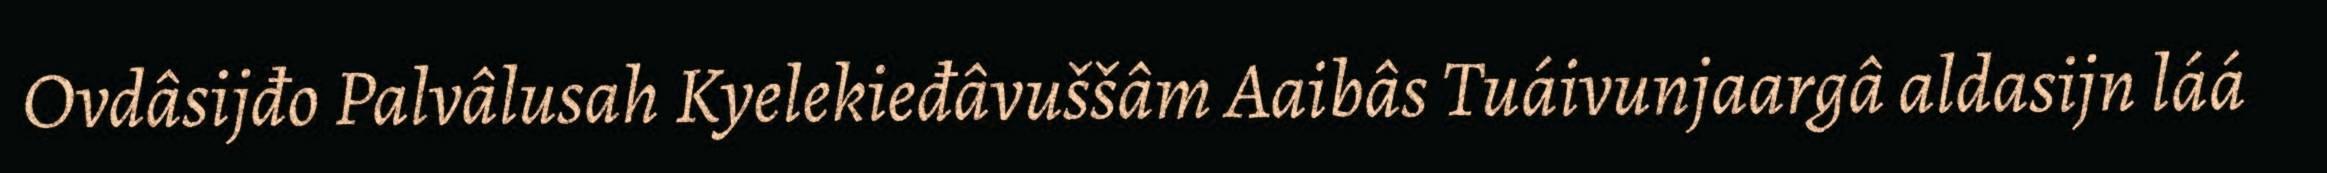
Ovdâsijđo Palvâlusah Kyelekieđâvuššâm Aaibâs Tuáivunjaargâ aldasijn láá